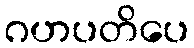
ဂဟပတိပေ